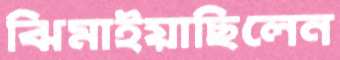
ঝিমাইয়াছিলেন